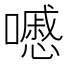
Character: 𡂔